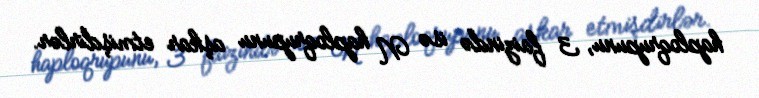
haploqrupunu, 3 faizində isə N haploqrupunu aşkar etmişdirlər.